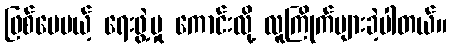
ဖြစ်ပေမယ့် ရေးဖွဲ့မှု ကောင်းလို့ လူကြိုက်များခဲ့ပါတယ်။